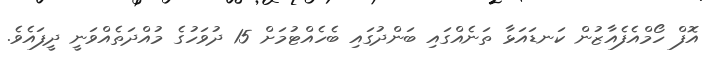
އޮފް ހޯމްއެފެއާޒުން ކަނޑައަޅާ ތަނެއްގައި ބަންދުގައި ބެހެއްޓުމަށް 15 ދުވަހުގެ މުއްދަތެއްވަނީ ދީފައެވެ.